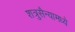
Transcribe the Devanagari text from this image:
शत्रुसैन्यामध्ये